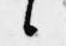
候